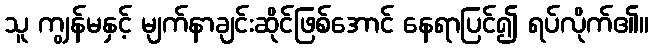
သူ ကျွန်မနှင့် မျက်နာချင်းဆိုင်ဖြစ်အောင် နေရာပြင်၍ ရပ်လိုက်၏။